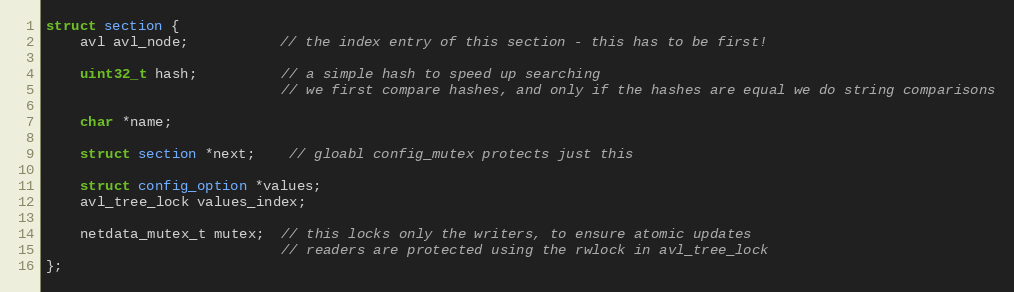
Language: C
struct section {
    avl avl_node;           // the index entry of this section - this has to be first!

    uint32_t hash;          // a simple hash to speed up searching
                            // we first compare hashes, and only if the hashes are equal we do string comparisons

    char *name;

    struct section *next;    // gloabl config_mutex protects just this

    struct config_option *values;
    avl_tree_lock values_index;

    netdata_mutex_t mutex;  // this locks only the writers, to ensure atomic updates
                            // readers are protected using the rwlock in avl_tree_lock
};